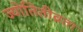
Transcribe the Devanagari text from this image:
ज्योतितीव्रता